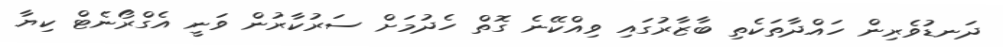
ދަނޑުވެރިން ހައްދާތަކެތި ބާޒާރުގައި ވިއްކޭނެ ގޮތް ހެދުމަށް ސަރުކާރުން ވަނީ އެގްރޯނެޓް ކިޔާ